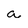
Character: a